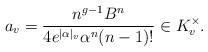
LaTeX: \begin{align*} a_v=\frac{n^{g-1}B^n}{4e^{|\alpha|_v} \alpha^n (n-1)!} \in K_v^\times.\end{align*}